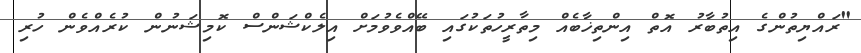
"ރައްޔިތުންގެ އިތުބާރު އޮތް އިންތިޚާބެއް މިތާރީހުތަކުގައި ބޭއްވެވުމަށް އިލެކްޝަންސް ކޮމިޝަނުން ކުރެއްވެން ހުރި